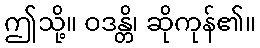
ဤသို့။ ဝဒန္တိ၊ ဆိုကုန်၏။